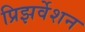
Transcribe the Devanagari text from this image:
प्रिझर्वेशन